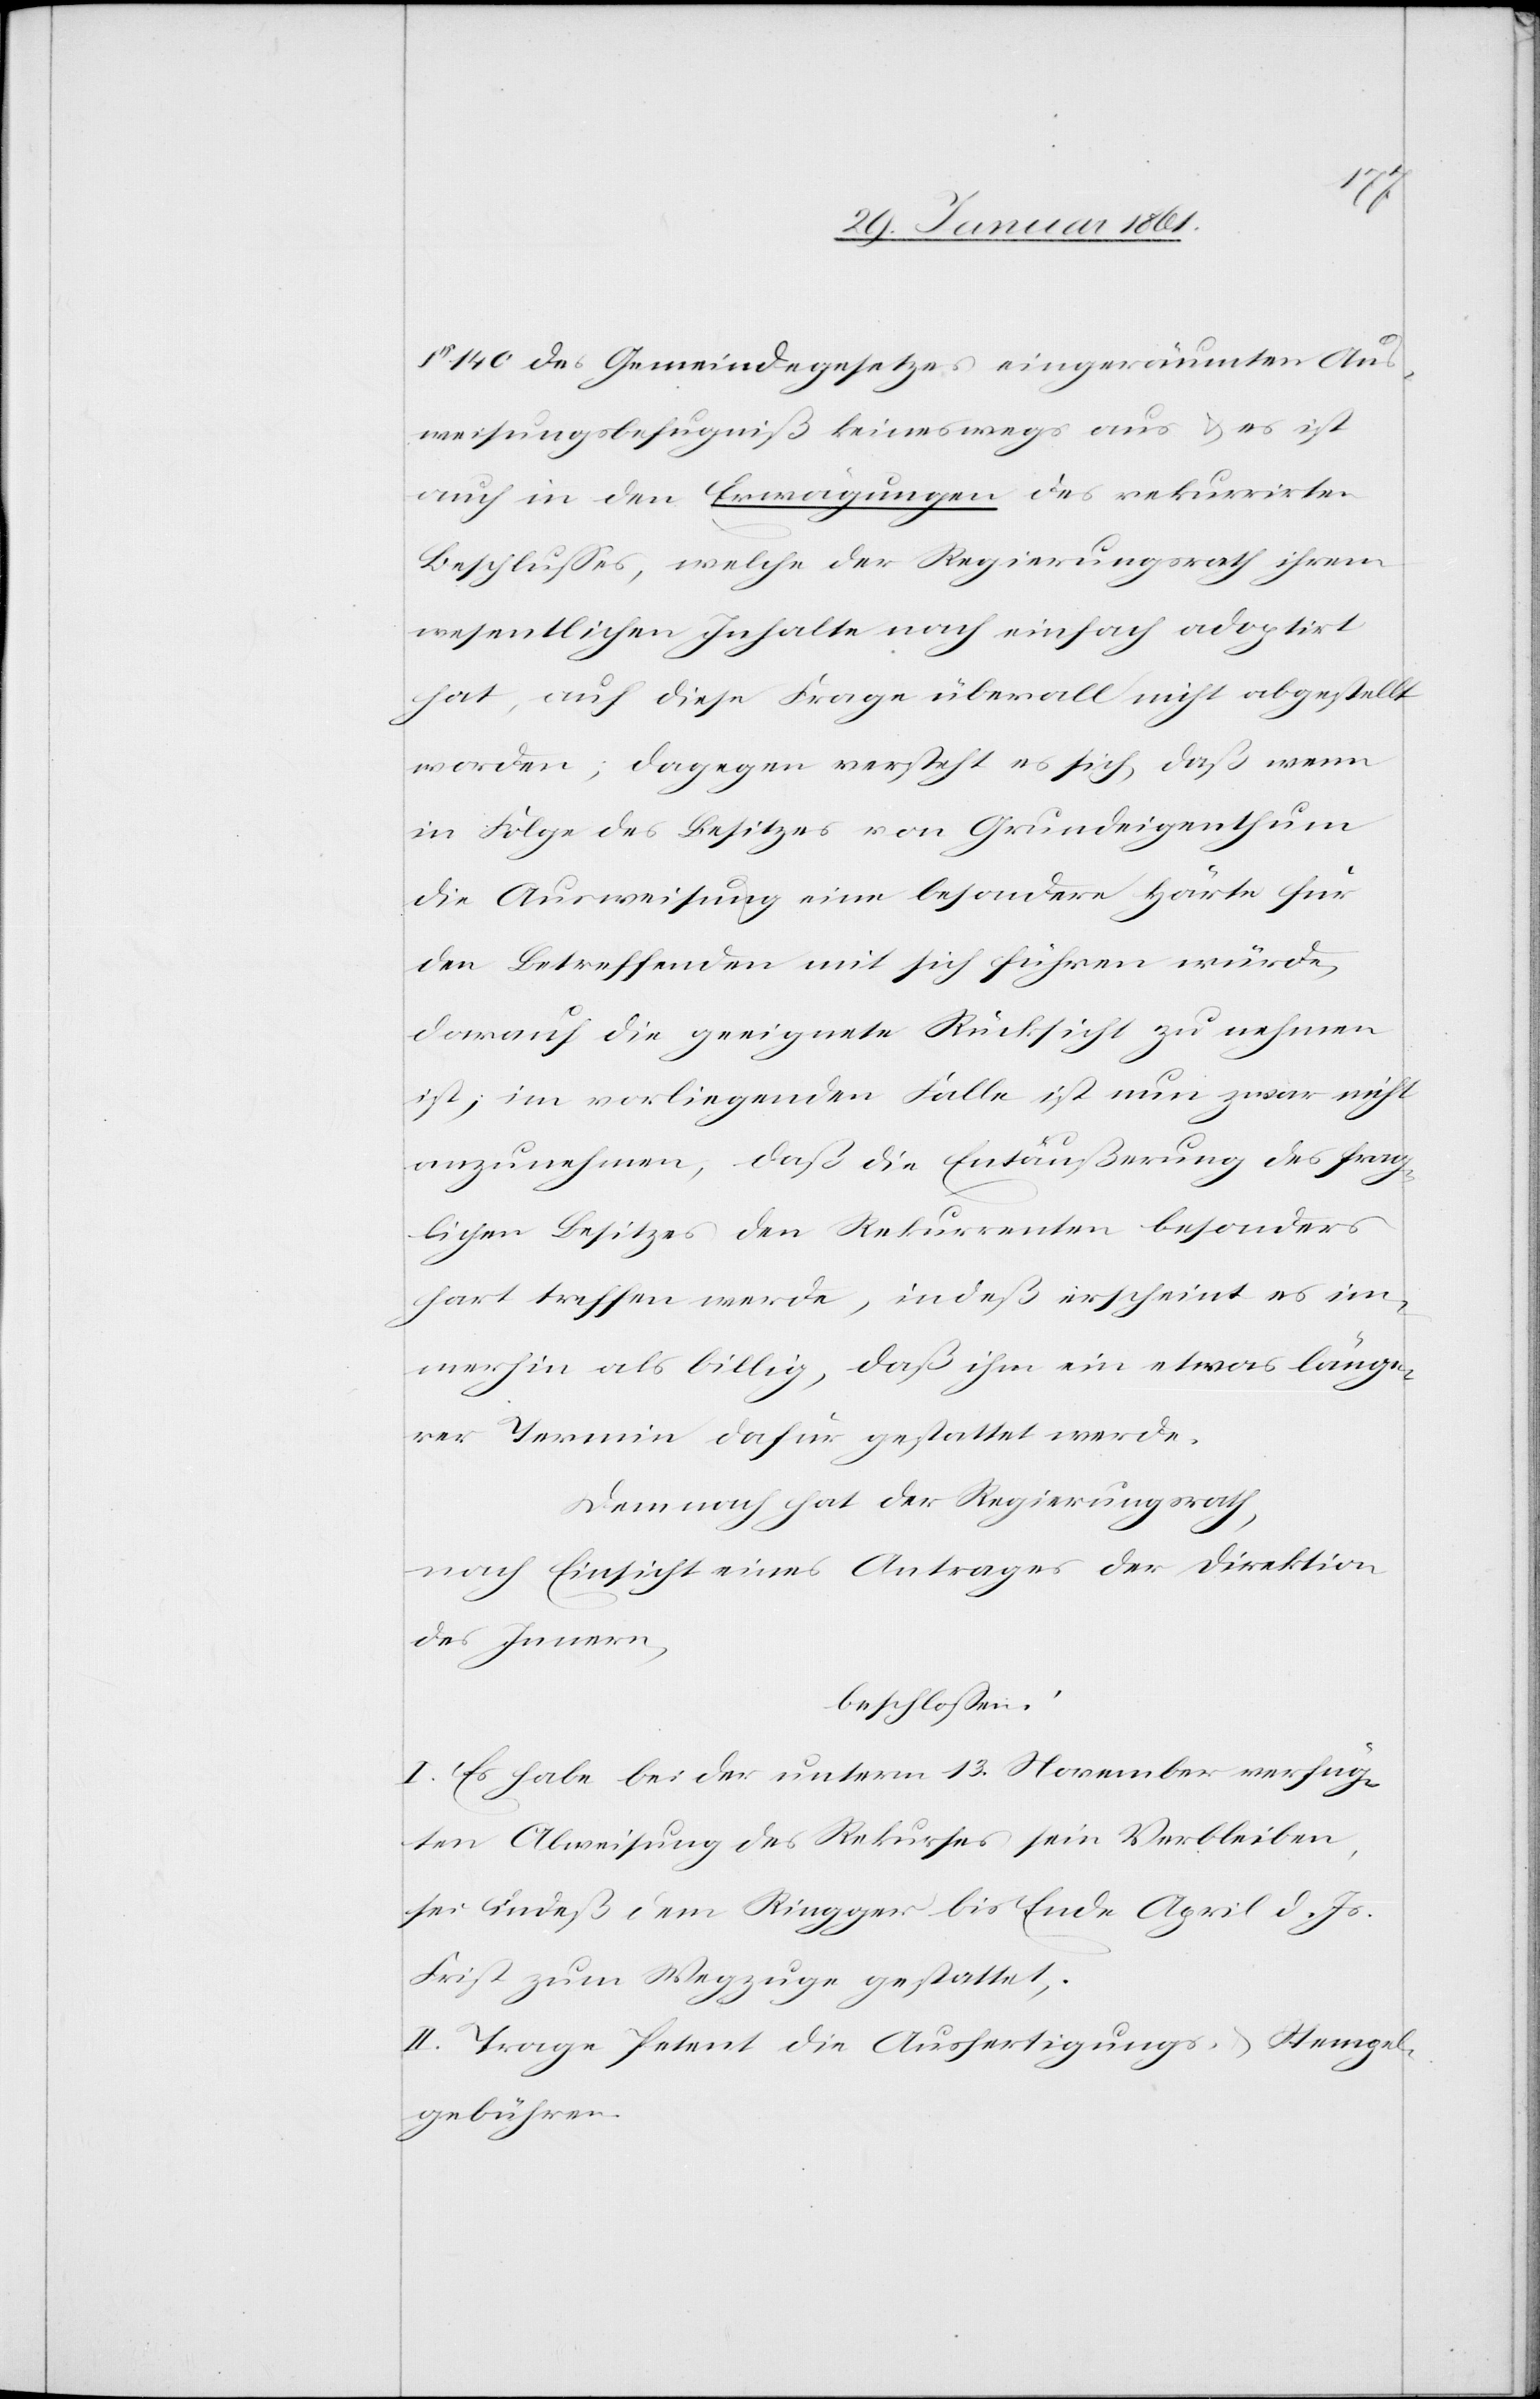
§ 140 des Gemeindegesetzes eingeräumten Aus¬
weisungsbefugniß keineswegs aus u. es ist
auch in den Erwägungen des rekurrirten
Beschlusses, welche der Regierungsrath ihrem
wesentlichen Inhalte nach einfach adoptirt
hat, auf diese Frage überall nicht abgestellt
worden; dagegen versteht es sich, daß wenn
in Folge des Besitzes von Grundeigenthum
die Ausweisung eine besondere Härte für
den Betreffenden mit sich führen würde,
darauf die geeignete Rücksicht zu nehmen
ist; im vorliegenden Falle ist nun zwar nicht
anzunehmen, daß die Entäußerung des frag¬
lichen Besitzes den Rekurrenten besonders
hart treffen werde, indeß erscheint es im¬
merhin als billig, daß ihm ein etwas länge¬
rer Termin dafür gestattet werde.
Demnach hat der Regierungsrath,
nach Einsicht eines Antrages der Direktion
des Innern,
beschlossen:
I. Es habe bei der unterm 13. November verfüg¬
ten Abweisung des Rekurses sein Verbleiben,
sei indeß dem Ringger bis Ende April d. Js.
Frist zum Wegzuge gestattet,
II. Trage Petent die Ausfertigungs- u. Stempel¬
gebühren.